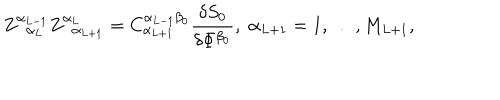
Z _ { \; \; \alpha _ { L } } ^ { \alpha _ { L - 1 } } Z _ { \; \; \alpha _ { L + 1 } } ^ { \alpha _ { L } } = C _ { \alpha _ { L + 1 } } ^ { \alpha _ { L - 1 } \beta _ { 0 } } \frac { \delta S _ { 0 } } { \delta \Phi ^ { \beta _ { 0 } } } , \; \alpha _ { L + 1 } = 1 , \ldots , M _ { L + 1 } ,